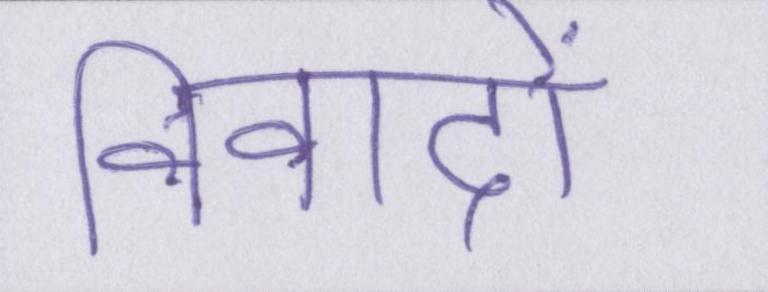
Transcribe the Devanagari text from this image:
विवादों